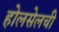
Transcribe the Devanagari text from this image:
होलसेलची